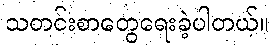
သတင်းစာတွေရေးခဲ့ပါတယ်။